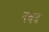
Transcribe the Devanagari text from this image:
दवद